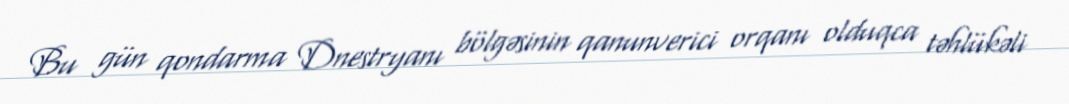
Bu gün qondarma Dnestryanı bölgəsinin qanunverici orqanı olduqca təhlükəli